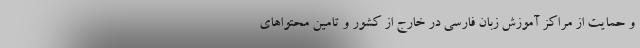
و حمایت از مراکز آموزش زبان فارسی در خارج از کشور و تامین محتواهای